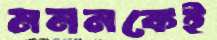
মননকেই